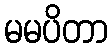
မမပိတာ